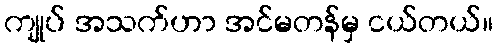
ကျုပ် အသက်ဟာ အင်မတန်မှ ငယ်တယ်။